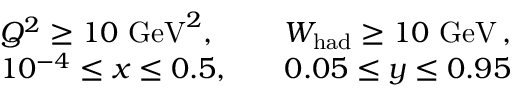
\begin{array} { l l } { { Q ^ { 2 } \geq 1 0 ~ \mathrm { G e V } ^ { 2 } , } } & { { W _ { \mathrm { h a d } } \geq 1 0 ~ \mathrm { G e V } \, , \nonumber } } \\ { { 1 0 ^ { - 4 } \leq x \leq 0 . 5 , ~ ~ ~ } } & { { 0 . 0 5 \leq y \leq 0 . 9 5 } } \end{array}